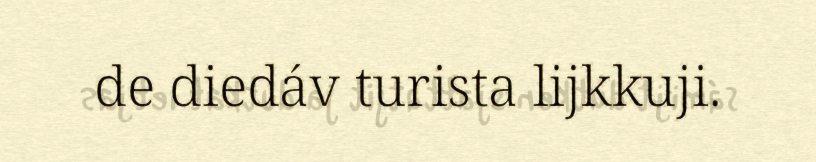
de diedáv turista lijkkuji.